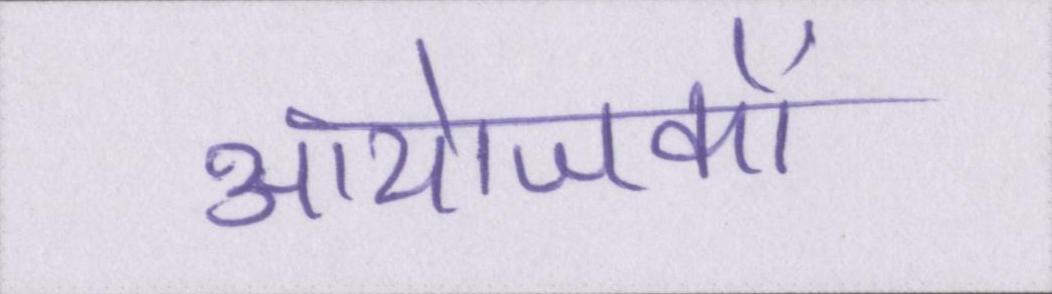
आयोजकों